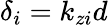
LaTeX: \delta_{i}=k_{zi}d